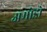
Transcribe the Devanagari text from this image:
अमोडो